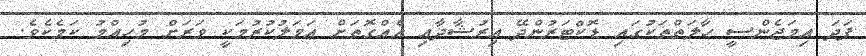
ފަދަ އިމަޖެންސީ ޙާލަތްތަކުގައި ޑޮކްޓަރުންދޭ އިރުޝާދާއި އެއްގޮތަށް ޢަމަލުކުރުމަކީ ވަރަށް މުހިއްމު ކަމެކެވެ.